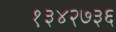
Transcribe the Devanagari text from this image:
१३४२७३६